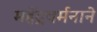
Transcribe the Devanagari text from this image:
महेंद्रवर्मनाने